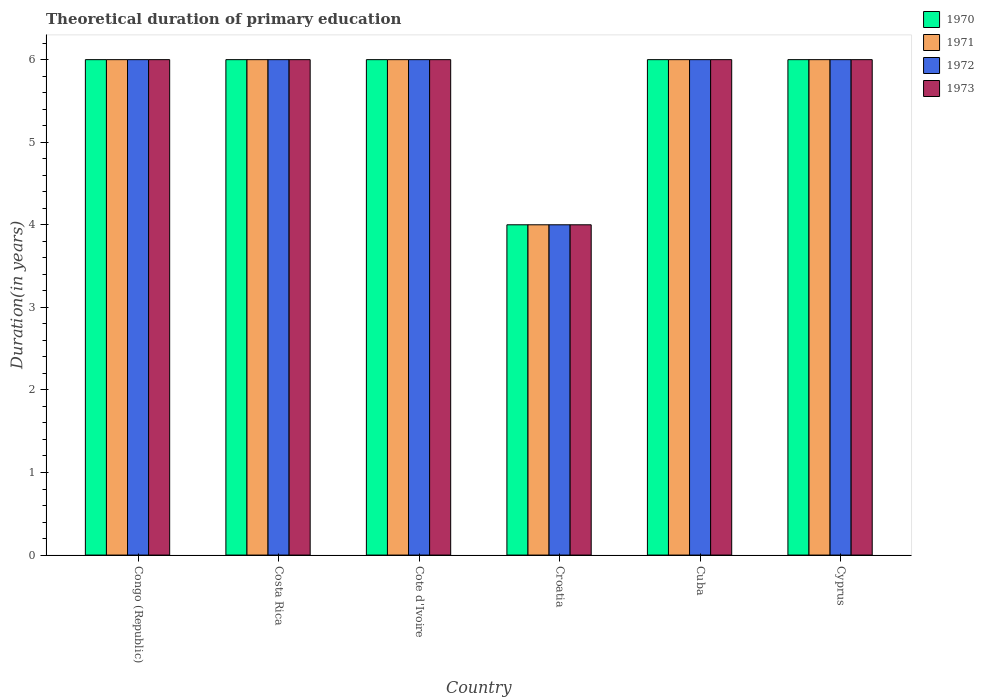
| Country | 1970 | 1971 | 1972 | 1973 |
 | --- | --- | --- | --- | --- |
 | Congo (Republic) | 6 | 6 | 6 | 6 |
 | Costa Rica | 6 | 6 | 6 | 6 |
 | Cote d'Ivoire | 6 | 6 | 6 | 6 |
 | Croatia | 4 | 4 | 4 | 4 |
 | Cuba | 6 | 6 | 6 | 6 |
 | Cyprus | 6 | 6 | 6 | 6 |